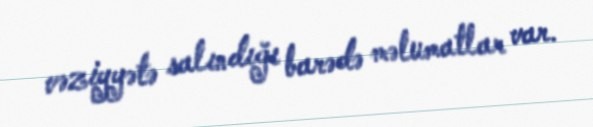
vəziyyətə salındığı barədə məlumatlar var.